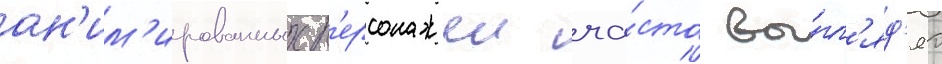
ан'им'ированных п'ерсонажеи ча́сто вы́гл'яд'ят